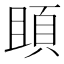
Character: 䪶